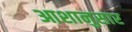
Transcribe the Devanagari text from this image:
आशानुसार